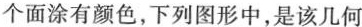
个面涂有颜色，下列图形中，是该几何